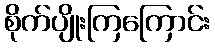
စိုက်ပျိုးကြကြောင်း